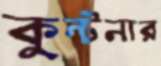
কুন্টনার